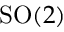
\mathrm { S O } ( 2 )